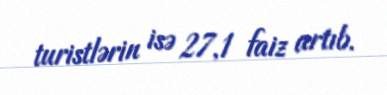
turistlərin isə 27,1 faiz artıb.